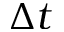
\Delta t